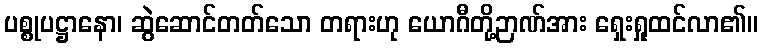
ပစ္စုပဋ္ဌာနော၊ ဆွဲဆောင်တတ်သော တရားဟု ယောဂီတို့ဉာဏ်အား ရှေးရှုထင်လာ၏။